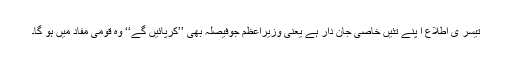
تیسر ی اطلاع ا پنے تئیں خاصی جان دار ہے یعنی وزیرِاعظم جوفیصلہ بھی ’’کرپائیں گے‘‘ وہ قومی مفاد میں ہو گا۔